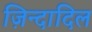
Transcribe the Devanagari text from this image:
ज़िन्दादिल